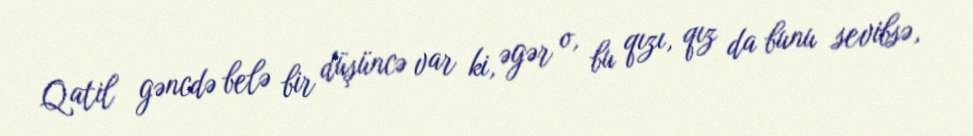
Qatil gəncdə belə bir düşüncə var ki, əgər o, bu qızı, qız da bunu sevibsə,